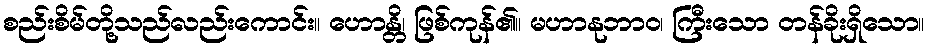
စည်းစိမ်တို့သည်လည်းကောင်း။ ဟောန္တိ၊ ဖြစ်ကုန်၏။ မဟာနုဘာဝ၊ ကြီးသော တန်ခိုးရှိသော။